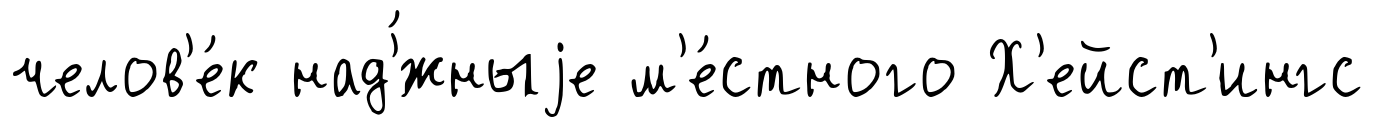
челов'е́к над'́жныjе м'е́стного Х'ейст'ингс